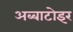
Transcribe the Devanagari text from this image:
अब्बाटोइर